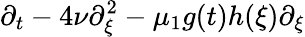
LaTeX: \partial_{t}-4\nu\partial_{\xi}^{2}-\mu_{1}g(t)h(\xi)\partial_{\xi}